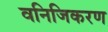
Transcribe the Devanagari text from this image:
वनिजिकरण